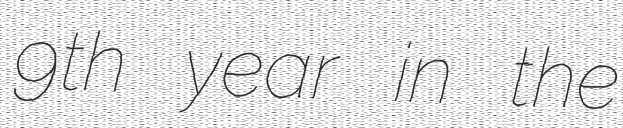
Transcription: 9th year in the